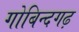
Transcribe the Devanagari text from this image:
गोबिन्दगढ़